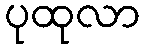
ပုထုလာ